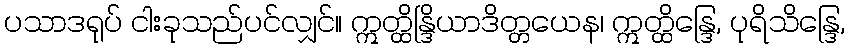
ပသာဒရုပ် ငါးခုသည်ပင်လျှင်။ ဣတ္ထိန္ဒြိယာဒိတ္တယေန၊ ဣတ္ထိန္ဒြေ, ပုရိသိန္ဒြေ,